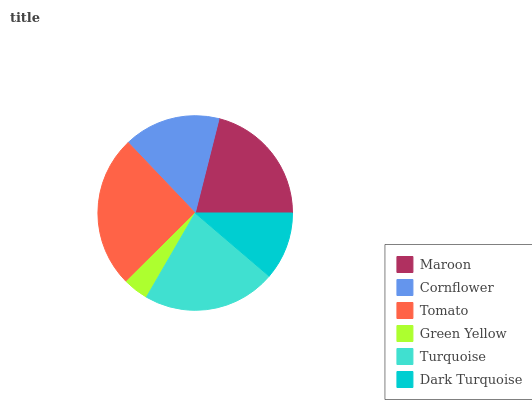
| Maroon | Cornflower | Tomato | Green Yellow | Turquoise | Dark Turquoise |
 | --- | --- | --- | --- | --- | --- |
 | 21% | 16.1% | 25.3% | 4.19% | 22.1% | 11.3% |